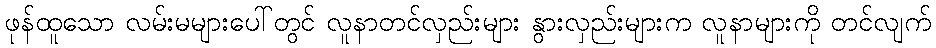
ဖုန်ထူသော လမ်းမများပေါ်တွင် လူနာတင်လှည်းများ နွားလှည်းများက လူနာများကို တင်လျက်